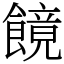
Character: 䭗